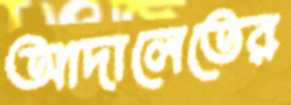
আদালেতের